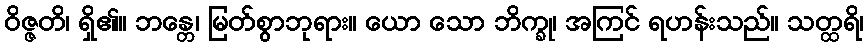
ဝိဇ္ဇတိ၊ ရှိ၏။ ဘန္တေ၊ မြတ်စွာဘုရား။ ယော သော ဘိက္ခု၊ အကြင် ရဟန်းသည်။ သတ္ထရိ၊